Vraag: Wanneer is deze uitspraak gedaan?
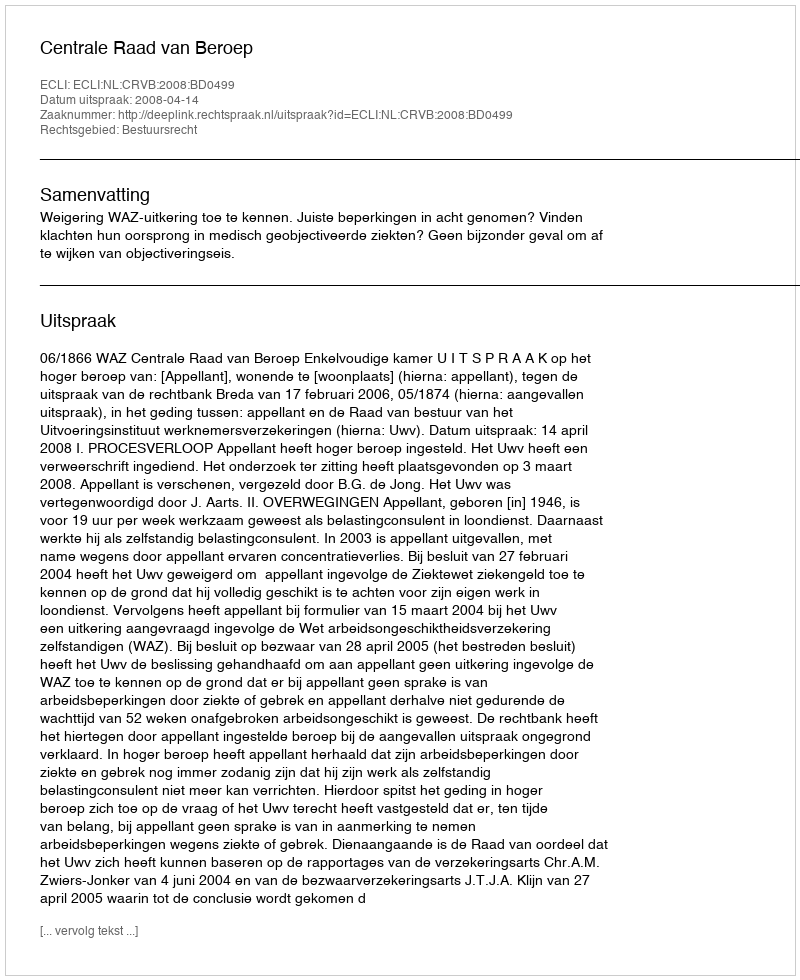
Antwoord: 2008-04-14